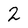
Character: 2